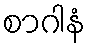
စာဂါနံ